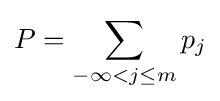
P=\sum _{-\infty <j\leq m}p_{j}